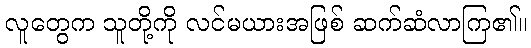
လူတွေက သူတို့ကို လင်မယားအဖြစ် ဆက်ဆံလာကြ၏။